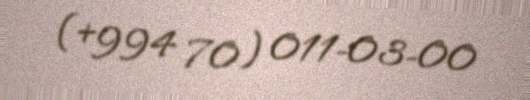
(+994 70) 011-03-00